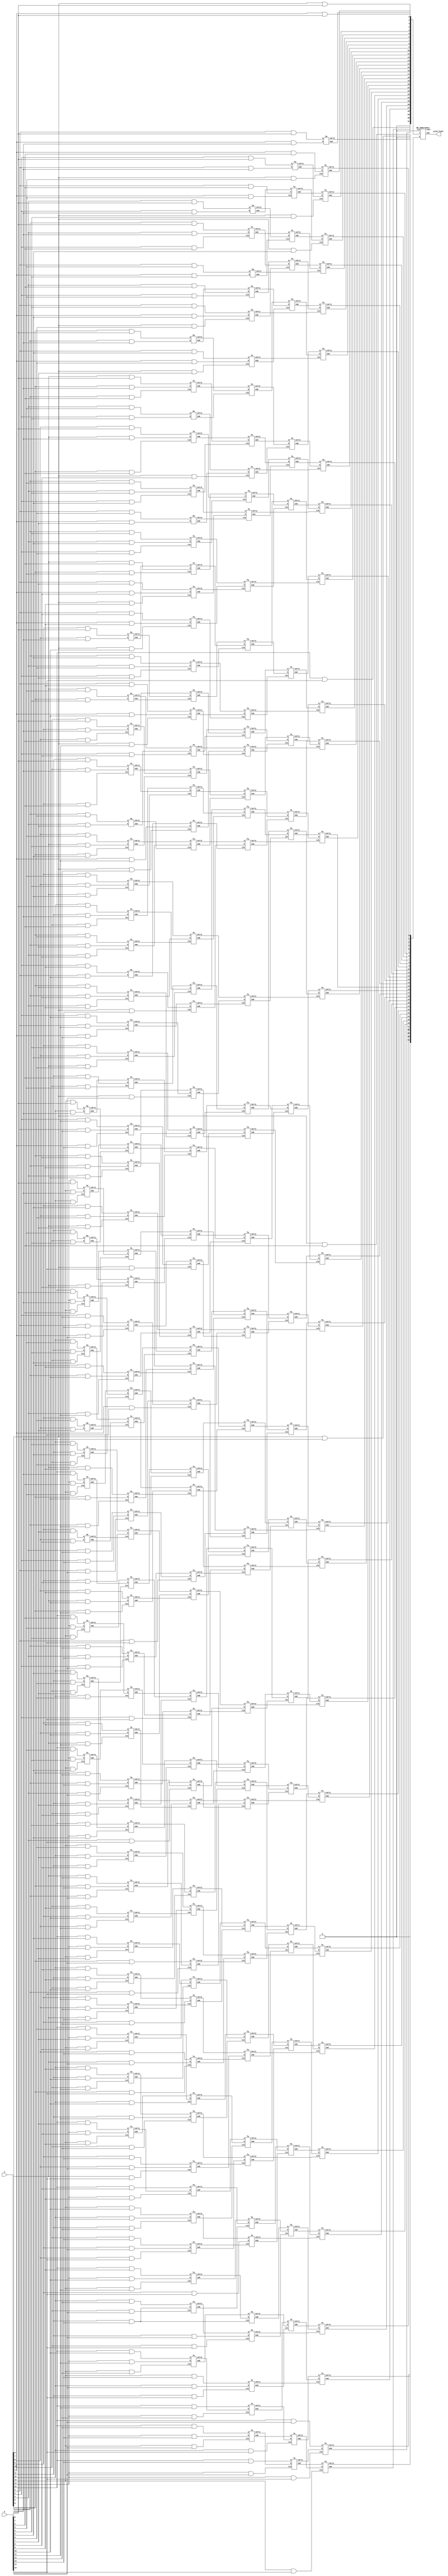
module dadda (
	input [15:0] a, b,
	output[31:0] prod_final);
	
	wire [15:0] pp0; //Row0
	wire [16:1] pp1; //Row1
	wire [17:2] pp2; //Row2
	wire [18:3] pp3; //Row3
	wire [19:4] pp4; //Row4
	wire [20:5] pp5; //Row5
	wire [21:6] pp6; //Row6
	wire [22:7] pp7; //Row7
	wire [23:8] pp8; //Row8
	wire [24:9] pp9; //Row9
	wire [25:10] pp10; //Row10
	wire [26:11] pp11; //Row11
	wire [27:12] pp12; //Row12
	wire [28:13] pp13; //Row13
	wire [29:14] pp14; //Row14
	wire [30:15] pp15; //Row15
	
	genvar i;
	generate 
		for(i=0;i<16;i=i+1) begin
			assign pp0[i] = a[i] & b[0];
			assign pp1[i+1] = a[i] & b[1];
			assign pp2[i+2] = a[i] & b[2];
			assign pp3[i+3] = a[i] & b[3];
			assign pp4[i+4] = a[i] & b[4];
			assign pp5[i+5] = a[i] & b[5];
			assign pp6[i+6] = a[i] & b[6];
			assign pp7[i+7] = a[i] & b[7];
			assign pp8[i+8] = a[i] & b[8];
			assign pp9[i+9] = a[i] & b[9];
			assign pp10[i+10] = a[i] & b[10];
			assign pp11[i+11] = a[i] & b[11];
			assign pp12[i+12] = a[i] & b[12];
			assign pp13[i+13] = a[i] & b[13];
			assign pp14[i+14] = a[i] & b[14];
			assign pp15[i+15] = a[i] & b[15];
		end
	endgenerate
	
	//level6
	//wires
	wire [18:13] l6_pp0;
	wire [19:14] l6_pp1;
	wire [17:14] l6_pp2;
	wire [18:15] l6_pp3;
	wire [16:15] l6_pp4;
	wire [17:16] l6_pp5;
	
	ha l6_ha1(pp0[13], pp1[13], l6_pp0[13], l6_pp1[14]);
	
	fa l6_fa1(pp0[14], pp1[14], pp2[14], l6_pp0[14], l6_pp1[15]);
	ha l6_ha2(pp3[14], pp4[14], l6_pp2[14], l6_pp3[15]);
	
	fa l6_fa2(pp0[15], pp1[15], pp2[15], l6_pp0[15], l6_pp1[16]);
	fa l6_fa3(pp3[15], pp4[15], pp5[15], l6_pp2[15], l6_pp3[16]);
	ha l6_ha3(pp6[15], pp7[15], l6_pp4[15], l6_pp5[16]);
	
	fa l6_fa4(pp1[16], pp2[16], pp3[16], l6_pp0[16], l6_pp1[17]);
	fa l6_fa5(pp4[16], pp5[16], pp6[16], l6_pp2[16], l6_pp3[17]);
	ha l6_ha4(pp7[16], pp8[16], l6_pp4[16], l6_pp5[17]);
	
	fa l6_fa6(pp2[17], pp3[17], pp4[17], l6_pp0[17], l6_pp1[18]);
	fa l6_fa7(pp5[17], pp6[17], pp7[17], l6_pp2[17], l6_pp3[18]);
	
	fa l6_fa8(pp3[18], pp4[18], pp5[18], l6_pp0[18], l6_pp1[19]);
	
	//level5
	//wires
	wire [22:9] l5_pp0;
	wire [23:10] l5_pp1;
	wire [21:10] l5_pp2;
	wire [22:11] l5_pp3;
	wire [20:11] l5_pp4;
	wire [21:12] l5_pp5;
	wire [19:12] l5_pp6;
	wire [20:13] l5_pp7;
	
	ha l5_ha1(pp0[9], pp1[9], l5_pp0[9], l5_pp1[10]);
	
	fa l5_fa1(pp0[10], pp1[10], pp2[10], l5_pp0[10], l5_pp1[11]);
	ha l5_ha2(pp3[10], pp4[10], l5_pp2[10], l5_pp3[11]);
	
	fa l5_fa2(pp0[11], pp1[11], pp2[11], l5_pp0[11], l5_pp1[12]);
	fa l5_fa3(pp3[11], pp4[11], pp5[11], l5_pp2[11], l5_pp3[12]);
	ha l5_ha3(pp6[11], pp7[11], l5_pp4[11], l5_pp5[12]);
	
	fa l5_fa4(pp0[12], pp1[12], pp2[12], l5_pp0[12], l5_pp1[13]);
	fa l5_fa5(pp3[12], pp4[12], pp5[12], l5_pp2[12], l5_pp3[13]);
	fa l5_fa6(pp6[12], pp7[12], pp8[12], l5_pp4[12], l5_pp5[13]);
	ha l5_ha4(pp9[12], pp10[12], l5_pp6[12], l5_pp7[13]);
	
	fa l5_fa7(l6_pp0[13], pp2[13], pp3[13], l5_pp0[13], l5_pp1[14]);
	fa l5_fa8(pp4[13], pp5[13], pp6[13], l5_pp2[13], l5_pp3[14]);
	fa l5_fa9(pp7[13], pp8[13], pp9[13], l5_pp4[13], l5_pp5[14]);
	fa l5_fa10(pp10[13], pp11[13], pp12[13], l5_pp6[13], l5_pp7[14]);
	
	fa l5_fa11(l6_pp0[14],l6_pp1[14], l6_pp2[14], l5_pp0[14], l5_pp1[15]);
	fa l5_fa12(pp5[14], pp6[14], pp7[14], l5_pp2[14], l5_pp3[15]);
	fa l5_fa13(pp8[14], pp9[14], pp10[14], l5_pp4[14], l5_pp5[15]);
	fa l5_fa14(pp11[14], pp12[14], pp13[14], l5_pp6[14], l5_pp7[15]);
	
	fa l5_fa15(l6_pp0[15],l6_pp1[15], l6_pp2[15], l5_pp0[15], l5_pp1[16]);
	fa l5_fa16(l6_pp3[15], l6_pp4[15], pp8[15], l5_pp2[15], l5_pp3[16]);
	fa l5_fa17(pp9[15], pp10[15], pp11[15], l5_pp4[15], l5_pp5[16]);
	fa l5_fa18(pp12[15], pp13[15], pp14[15], l5_pp6[15], l5_pp7[16]);
	
	fa l5_fa19(l6_pp0[16],l6_pp1[16], l6_pp2[16], l5_pp0[16], l5_pp1[17]);
	fa l5_fa20(l6_pp3[16], l6_pp4[16], l6_pp5[16], l5_pp2[16], l5_pp3[17]);
	fa l5_fa21(pp9[16], pp10[16], pp11[16], l5_pp4[16], l5_pp5[17]);
	fa l5_fa22(pp12[16], pp13[16], pp14[16], l5_pp6[16], l5_pp7[17]);
	
	fa l5_fa23(l6_pp0[17],l6_pp1[17], l6_pp2[17], l5_pp0[17], l5_pp1[18]);
	fa l5_fa24(l6_pp3[17], pp8[17], l6_pp5[17], l5_pp2[17], l5_pp3[18]);
	fa l5_fa25(pp9[17], pp10[17], pp11[17], l5_pp4[17], l5_pp5[18]);
	fa l5_fa26(pp12[17], pp13[17], pp14[17], l5_pp6[17], l5_pp7[18]);
	
	fa l5_fa27(l6_pp0[18],l6_pp1[18], pp6[18], l5_pp0[18], l5_pp1[19]);
	fa l5_fa28(l6_pp3[18], pp7[18], pp8[18], l5_pp2[18], l5_pp3[19]);
	fa l5_fa29(pp9[18], pp10[18], pp11[18], l5_pp4[18], l5_pp5[19]);
	fa l5_fa30(pp12[18], pp13[18], pp14[18], l5_pp6[18], l5_pp7[19]);
	
	fa l5_fa31(pp4[19],l6_pp1[19], pp5[19], l5_pp0[19], l5_pp1[20]);
	fa l5_fa32(pp6[19], pp7[19], pp8[19], l5_pp2[19], l5_pp3[20]);
	fa l5_fa33(pp9[19], pp10[19], pp11[19], l5_pp4[19], l5_pp5[20]);
	fa l5_fa34(pp12[19], pp13[19], pp14[19], l5_pp6[19], l5_pp7[20]);
	
	fa l5_fa35(pp5[20], pp6[20], pp7[20], l5_pp0[20], l5_pp1[21]);
	fa l5_fa36(pp8[20], pp9[20], pp10[20], l5_pp2[20], l5_pp3[21]);
	fa l5_fa37(pp11[20], pp12[20], pp13[20], l5_pp4[20], l5_pp5[21]);
	
	fa l5_fa38(pp6[21], pp7[21], pp8[21], l5_pp0[21], l5_pp1[22]);
	fa l5_fa39(pp9[21], pp10[21], pp11[21], l5_pp2[21], l5_pp3[22]);
	
	fa l5_fa40(pp7[22], pp8[22], pp9[22], l5_pp0[22], l5_pp1[23]);
	
	//level4
	//wires
	wire [25:6] l4_pp0;
	wire [26:7] l4_pp1;
	wire [24:7] l4_pp2;
	wire [25:8] l4_pp3;
	wire [23:8] l4_pp4;
	wire [24:9] l4_pp5;
	
	ha l4_ha1(pp0[6], pp1[6], l4_pp0[6], l4_pp1[7]);
	
	fa l4_fa1(pp0[7], pp1[7], pp2[7], l4_pp0[7], l4_pp1[8]);
	ha l4_ha2(pp3[7], pp4[7], l4_pp2[7], l4_pp3[8]);
	
	fa l4_fa2(pp0[8], pp1[8], pp2[8], l4_pp0[8], l4_pp1[9]);
	fa l4_fa3(pp3[8], pp4[8], pp5[8], l4_pp2[8], l4_pp3[9]);
	ha l4_ha3(pp6[8], pp7[8], l4_pp4[8], l4_pp5[9]);
	
	fa l4_fa4(l5_pp0[9], pp2[9], pp3[9], l4_pp0[9], l4_pp1[10]);
	fa l4_fa5(pp4[9], pp5[9], pp6[9], l4_pp2[9], l4_pp3[10]);
	fa l4_fa6(pp7[9], pp8[9], pp9[9], l4_pp4[9], l4_pp5[10]);
	
	fa l4_fa7(l5_pp0[10], l5_pp1[10], l5_pp2[10], l4_pp0[10], l4_pp1[11]);
	fa l4_fa8(pp5[10], pp6[10], pp7[10], l4_pp2[10], l4_pp3[11]);
	fa l4_fa9(pp8[10], pp9[10], pp10[10], l4_pp4[10], l4_pp5[11]);
	
	fa l4_fa10(l5_pp0[11], l5_pp1[11], l5_pp2[11], l4_pp0[11], l4_pp1[12]);
	fa l4_fa11(l5_pp3[11], l5_pp4[11], pp8[11], l4_pp2[11], l4_pp3[12]);
	fa l4_fa12(pp9[11], pp10[11], pp11[11], l4_pp4[11], l4_pp5[12]);
	
	fa l4_fa13(l5_pp0[12], l5_pp1[12], l5_pp2[12], l4_pp0[12], l4_pp1[13]);
	fa l4_fa14(l5_pp3[12], l5_pp4[12], l5_pp5[12], l4_pp2[12], l4_pp3[13]);
	fa l4_fa15(l5_pp6[12], pp11[12], pp12[12], l4_pp4[12], l4_pp5[13]);
	
	fa l4_fa16(l5_pp0[13], l5_pp1[13], l5_pp2[13], l4_pp0[13], l4_pp1[14]);
	fa l4_fa17(l5_pp3[13], l5_pp4[13], l5_pp5[13], l4_pp2[13], l4_pp3[14]);
	fa l4_fa18(l5_pp6[13], l5_pp7[13], pp13[13], l4_pp4[13], l4_pp5[14]);
	
	fa l4_fa52(l5_pp0[14], l5_pp1[14], l5_pp2[14], l4_pp0[14], l4_pp1[15]);
	fa l4_fa53(l5_pp3[14], l5_pp4[14], l5_pp5[14], l4_pp2[14], l4_pp3[15]);
	fa l4_fa54(l5_pp6[14], l5_pp7[14], pp14[14], l4_pp4[14], l4_pp5[15]);
	
	fa l4_fa22(l5_pp0[15], l5_pp1[15], l5_pp2[15], l4_pp0[15], l4_pp1[16]);
	fa l4_fa23(l5_pp3[15], l5_pp4[15], l5_pp5[15], l4_pp2[15], l4_pp3[16]);
	fa l4_fa24(l5_pp6[15], l5_pp7[15], pp15[15], l4_pp4[15], l4_pp5[16]);
	
	fa l4_fa25(l5_pp0[16], l5_pp1[16], l5_pp2[16], l4_pp0[16], l4_pp1[17]);
	fa l4_fa26(l5_pp3[16], l5_pp4[16], l5_pp5[16], l4_pp2[16], l4_pp3[17]);
	fa l4_fa27(l5_pp6[16], l5_pp7[16], pp15[16], l4_pp4[16], l4_pp5[17]);
	
	fa l4_fa28(l5_pp0[17], l5_pp1[17], l5_pp2[17], l4_pp0[17], l4_pp1[18]);
	fa l4_fa29(l5_pp3[17], l5_pp4[17], l5_pp5[17], l4_pp2[17], l4_pp3[18]);
	fa l4_fa30(l5_pp6[17], l5_pp7[17], pp15[17], l4_pp4[17], l4_pp5[18]);
	
	fa l4_fa31(l5_pp0[18], l5_pp1[18], l5_pp2[18], l4_pp0[18], l4_pp1[19]);
	fa l4_fa32(l5_pp3[18], l5_pp4[18], l5_pp5[18], l4_pp2[18], l4_pp3[19]);
	fa l4_fa33(l5_pp6[18], l5_pp7[18], pp15[18], l4_pp4[18], l4_pp5[19]);
	
	fa l4_fa34(l5_pp0[19], l5_pp1[19], l5_pp2[19], l4_pp0[19], l4_pp1[20]);
	fa l4_fa35(l5_pp3[19], l5_pp4[19], l5_pp5[19], l4_pp2[19], l4_pp3[20]);
	fa l4_fa36(l5_pp6[19], l5_pp7[19], pp15[19], l4_pp4[19], l4_pp5[20]);
	
	fa l4_fa37(l5_pp0[20], l5_pp1[20], l5_pp2[20], l4_pp0[20], l4_pp1[21]);
	fa l4_fa38(l5_pp3[20], l5_pp4[20], l5_pp5[20], l4_pp2[20], l4_pp3[21]);
	fa l4_fa39(pp14[20], l5_pp7[20], pp15[20], l4_pp4[20], l4_pp5[21]);
	
	fa l4_fa40(l5_pp0[21], l5_pp1[21], l5_pp2[21], l4_pp0[21], l4_pp1[22]);
	fa l4_fa41(l5_pp3[21], pp12[21], l5_pp5[21], l4_pp2[21], l4_pp3[22]);
	fa l4_fa42(pp13[21], pp14[21], pp15[21], l4_pp4[21], l4_pp5[22]);
	
	fa l4_fa43(l5_pp0[22], l5_pp1[22], pp10[22], l4_pp0[22], l4_pp1[23]);
	fa l4_fa44(l5_pp3[22], pp11[22], pp12[22], l4_pp2[22], l4_pp3[23]);
	fa l4_fa45(pp13[22], pp14[22], pp15[22], l4_pp4[22], l4_pp5[23]);
	
	fa l4_fa46(pp8[23], l5_pp1[23], pp9[23], l4_pp0[23], l4_pp1[24]);
	fa l4_fa47(pp10[23], pp11[23], pp12[23], l4_pp2[23], l4_pp3[24]);
	fa l4_fa48(pp13[23], pp14[23], pp15[23], l4_pp4[23], l4_pp5[24]);
	
	fa l4_fa49(pp9[24], pp10[24], pp11[24], l4_pp0[24], l4_pp1[25]);
	fa l4_fa50(pp12[24], pp13[24], pp14[24], l4_pp2[24], l4_pp3[25]);
	
	fa l4_fa51(pp10[25], pp11[25], pp12[25], l4_pp0[25], l4_pp1[26]);
	
	//level 3
	//wires
	wire [27:4] l3_pp0;
	wire [28:5] l3_pp1;
	wire [26:5] l3_pp2;
	wire [27:6] l3_pp3;
	
	ha l3_ha1(pp0[4], pp1[4], l3_pp0[4], l3_pp1[5]);
	
	fa l3_fa1(pp0[5], pp1[5], pp2[5], l3_pp0[5], l3_pp1[6]);
	ha l3_ha2(pp3[5], pp4[5], l3_pp2[5], l3_pp3[6]);
	
	fa l3_fa2(l4_pp0[6], pp2[6], pp3[6], l3_pp0[6], l3_pp1[7]);
	fa l3_fa3(pp4[6], pp5[6], pp6[6], l3_pp2[6], l3_pp3[7]);
	
	fa l3_fa4(l4_pp0[7], l4_pp1[7], l4_pp2[7], l3_pp0[7], l3_pp1[8]);
	fa l3_fa5(pp5[7], pp6[7], pp7[7], l3_pp2[7], l3_pp3[8]);
	
	fa l3_fa6(l4_pp0[8], l4_pp1[8], l4_pp2[8], l3_pp0[8], l3_pp1[9]);
	fa l3_fa7(l4_pp3[8], l4_pp4[8], pp8[8], l3_pp2[8], l3_pp3[9]);
	
	genvar j;
	generate
		for (j=9;j<24;j=j+1) begin : level3
			fa l3_fa1a(l4_pp0[j], l4_pp1[j], l4_pp2[j], l3_pp0[j], l3_pp1[j+1]);
			fa l3_fa1b(l4_pp3[j], l4_pp4[j], l4_pp5[j], l3_pp2[j], l3_pp3[j+1]);
		end
	endgenerate
	
	fa l3_fa8(l4_pp0[24], l4_pp1[24], l4_pp2[24], l3_pp0[24], l3_pp1[25]);
	fa l3_fa9(l4_pp3[24], pp15[24], l4_pp5[24], l3_pp2[24], l3_pp3[25]);
	
	fa l3_fa10(l4_pp0[25], l4_pp1[25], pp13[24], l3_pp0[25], l3_pp1[26]);
	fa l3_fa11(l4_pp3[25], pp14[25], pp15[25], l3_pp2[25], l3_pp3[26]);
	
	fa l3_fa12(pp11[26], l4_pp1[26], pp12[26], l3_pp0[26], l3_pp1[27]);
	fa l3_fa13(pp13[26], pp14[26], pp15[26], l3_pp2[26], l3_pp3[27]);
	
	fa l3_fa14(pp12[27], pp13[27], pp14[27], l3_pp0[27], l3_pp1[28]);
	
	//level 2
	//wires
	wire [28:3] l2_pp0;
	wire [29:4] l2_pp1;
	
	ha l2_ha1(pp0[3], pp1[3], l2_pp0[3], l2_pp1[4]);
	
	fa l2_fa1(l3_pp0[4], pp2[4], pp3[4], l2_pp0[4], l2_pp1[5]);
	
	genvar k;
	generate 
		for(k=5;k<27;k=k+1) begin : level2
			fa l2_fa(l3_pp0[k], l3_pp1[k], l3_pp2[k], l2_pp0[k], l2_pp1[k+1]);
		end
	endgenerate
	
	fa l2_fa2(l3_pp0[27], l3_pp1[27], pp15[27], l2_pp0[27], l2_pp1[28]);
	
	fa l2_fa3(pp13[28], l3_pp1[28], pp14[28], l2_pp0[28], l2_pp1[29]);
	
	//level 1
	//wires
	wire [31:0] l1_pp0;
	wire [31:0] l1_pp1;
	
	assign l1_pp0[0] = pp0[0];
	assign l1_pp1[0] = 1'b0;
	assign l1_pp0[1] = pp0[1];
	assign l1_pp1[1] = pp1[1];
	assign l1_pp1[2] = pp2[2];
	
	ha l1_ha1(pp0[2], pp1[2], l1_pp0[2], l1_pp1[3]);
	
	fa l1_fa1(l2_pp0[3], pp2[3], pp3[3], l1_pp0[3], l1_pp1[4]);
	
	fa l1_fa2(l2_pp0[4], l2_pp1[4], pp4[4], l1_pp0[4], l1_pp1[5]);
	
	fa l1_fa3(l2_pp0[5], l2_pp1[5], pp5[5], l1_pp0[5], l1_pp1[6]);
	
	genvar l;
	generate 
		for(l=6;l<28;l=l+1) begin : level1
			fa l1_fa(l2_pp0[l], l2_pp1[l], l3_pp3[l], l1_pp0[l], l1_pp1[l+1]);
		end
	endgenerate
	
	fa l1_fa4(l2_pp0[28], l2_pp1[28], pp15[28], l1_pp0[28], l1_pp1[29]);
	
	fa l1_fa5(pp14[29], l2_pp1[29], pp15[29], l1_pp0[29], l1_pp1[30]);
	
	assign l1_pp0[30] = pp15[30];
	assign l1_pp0[31] = 1'b0;
	assign l1_pp1[31] = 1'b0;
	
	//final addition
	//assign prod_final = l1_pp0[30:0] + l1_pp1[30:0];
	wire ignore_carry;
	BK_adder32bit adder1 (l1_pp0,l1_pp1,1'b0, prod_final,ignore_carry);
	
endmodule

module fa (
	input a, b, cin,
	output sum, carry);
	
	assign sum = a ^ b ^ cin;
	assign carry = (a&b)|(b&cin)|(a&cin);
endmodule

module ha (
	input a, b,
	output sum, carry);
	
	assign sum = a ^ b;
	assign carry = a & b;
endmodule

module BK_adder32bit (
	input [31:0]x, y,
	input cin,
	output [31:0] sum,
	output cout);
	
	wire [32:0] carry;
	assign carry[0] = cin; //input carry
	
	wire [31:0] G_1, P_1;
	assign G_1 = x & y;
	assign P_1 = x ^ y;
	
	//level1
	genvar i;
	wire [15:0] G_2, P_2;
	generate
		for(i=0;i<16;i=i+1) begin
			assign G_2[i] = G_1[2*i+1] | P_1[2*i+1] & G_1[2*i];
			assign P_2[i] = P_1[2*i+1] & P_1[2*i];
		end
	endgenerate
	
	//level2
	genvar j;
	wire [7:0] G_3, P_3;
	generate
		for(j=0;j<8;j=j+1) begin
			assign G_3[j] = G_2[2*j+1] | P_2[2*j+1] & G_2[2*j];
			assign P_3[j] = P_2[2*j+1] & P_2[2*j];
		end
	endgenerate
	
	//level3
	genvar k;
	wire [3:0] G_4, P_4;
	generate
		for(k=0;k<4;k=k+1) begin
			assign G_4[k] = G_3[2*k+1] | P_3[2*k+1] & G_3[2*k];
			assign P_4[k] = P_3[2*k+1] & P_3[2*k];
		end
	endgenerate
	
	//level4
	genvar l;
	wire [1:0] G_5, P_5;
	generate
		for(l=0;l<2;l=l+1) begin
			assign G_5[l] = G_4[2*l+1] | P_4[2*l+1] & G_4[2*l];
			assign P_5[l] = P_4[2*l+1] & P_4[2*l];
		end
	endgenerate
	
	//level5
	wire G_6, P_6;
	assign G_6 = G_5[1] | P_5[1] & G_5[0];
	assign P_6 = P_5[1] & P_5[0];
	
	//carry generation
	//1st iteration
	assign carry[32] = G_6 | P_6 & carry[0];
	assign carry[16] = G_5[0] | P_5[0] & carry[0];
	
	//2nd iteration
	assign carry[8] = G_4[0] | P_4[0] & carry[0];
	assign carry[24] = G_4[2] | P_4[2] & carry[16];
	
	//3rd iteration
	assign carry[4] = G_3[0] | P_3[0] & carry[0];
	assign carry[12] = G_3[2] | P_3[2] & carry[8];
	assign carry[20] = G_3[4] | P_3[4] & carry[16];
	assign carry[28] = G_3[6] | P_3[6] & carry[24];
	
	//4th iteration
	assign carry[2] = G_2[0] | P_2[0] & carry[0];
	assign carry[6] = G_2[2] | P_2[2] & carry[4];
	assign carry[10] = G_2[4] | P_2[4] & carry[8];
	assign carry[14] = G_2[6] | P_2[6] & carry[12];
	assign carry[18] = G_2[8] | P_2[8] & carry[16];
	assign carry[22] = G_2[10] | P_2[10] & carry[20];
	assign carry[26] = G_2[12] | P_2[12] & carry[24];
	assign carry[30] = G_2[14] | P_2[14] & carry[28];
	
	//5th iteration
	assign carry[1] = G_1[0] | P_1[0] & carry[0];
	assign carry[3] = G_1[2] | P_1[2] & carry[2];
	assign carry[5] = G_1[4] | P_1[4] & carry[4];
	assign carry[7] = G_1[6] | P_1[6] & carry[6];
	assign carry[9] = G_1[8] | P_1[8] & carry[8];
	assign carry[11] = G_1[10] | P_1[10] & carry[10];
	assign carry[13] = G_1[12] | P_1[12] & carry[12];
	assign carry[15] = G_1[14] | P_1[14] & carry[14];
	assign carry[17] = G_1[16] | P_1[16] & carry[16];
	assign carry[19] = G_1[18] | P_1[18] & carry[18];
	assign carry[21] = G_1[20] | P_1[20] & carry[20];
	assign carry[23] = G_1[22] | P_1[22] & carry[22];
	assign carry[25] = G_1[24] | P_1[24] & carry[24];
	assign carry[27] = G_1[26] | P_1[26] & carry[26];
	assign carry[29] = G_1[28] | P_1[28] & carry[28];
	assign carry[31] = G_1[30] | P_1[30] & carry[30];
	
	assign sum = P_1 ^ carry[31:0];
	
endmodule